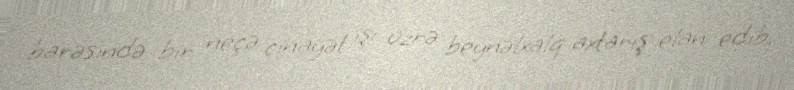
barəsində bir neçə cinayət işi üzrə beynəlxalq axtarış elan edib.